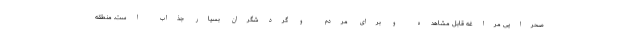
صحرایی مراغه قابل مشاهده و برای مردم و گردشگران بسیار جذاب است. منطقه